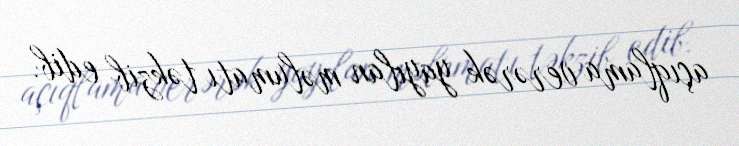
açıqlama verərək yayılan məlumatı təkzib edib.